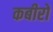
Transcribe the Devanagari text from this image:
कबीरो